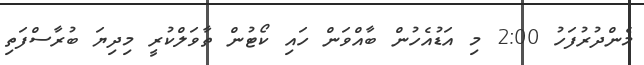
މެންދުރުފަހު 2:00 މި އަޑުއެހުން ބާއްވަން ހައި ކޯޓުން ތާވަލްކުރީ މިދިޔަ ބުރާސްފަތި